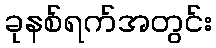
ခုနစ်ရက်အတွင်း